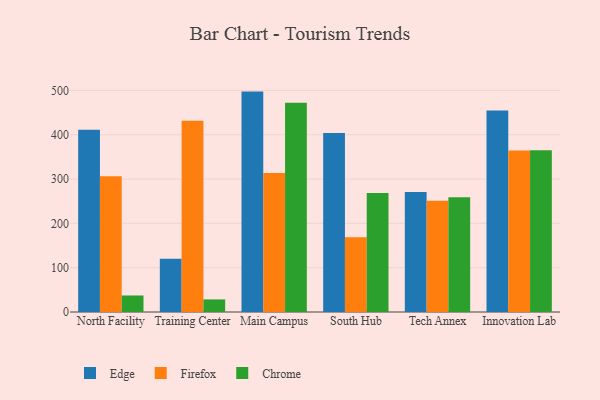
{"axis": {"x": "Campus", "y": "Temperature (°C)"}, "legend": ["Chrome", "Edge", "Firefox"], "data": [{"x": "North Facility", "y": 411.1, "type": "Edge"}, {"x": "North Facility", "y": 306.5, "type": "Firefox"}, {"x": "North Facility", "y": 37.3, "type": "Chrome"}, {"x": "Training Center", "y": 119.9, "type": "Edge"}, {"x": "Training Center", "y": 431.6, "type": "Firefox"}, {"x": "Training Center", "y": 28.4, "type": "Chrome"}, {"x": "Main Campus", "y": 497.3, "type": "Edge"}, {"x": "Main Campus", "y": 313.4, "type": "Firefox"}, {"x": "Main Campus", "y": 472.3, "type": "Chrome"}, {"x": "South Hub", "y": 404.0, "type": "Edge"}, {"x": "South Hub", "y": 168.5, "type": "Firefox"}, {"x": "South Hub", "y": 268.3, "type": "Chrome"}, {"x": "Tech Annex", "y": 270.6, "type": "Edge"}, {"x": "Tech Annex", "y": 251.0, "type": "Firefox"}, {"x": "Tech Annex", "y": 259.0, "type": "Chrome"}, {"x": "Innovation Lab", "y": 454.8, "type": "Edge"}, {"x": "Innovation Lab", "y": 364.2, "type": "Firefox"}, {"x": "Innovation Lab", "y": 364.8, "type": "Chrome"}]}